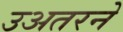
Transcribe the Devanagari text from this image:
उअतरने